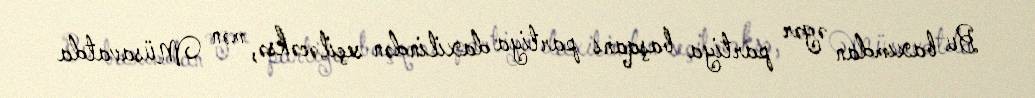
Bu baxımdan əgər partiya başqanı partiya daxilindən seçiləcəksə, mən Müsavatda